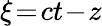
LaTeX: \xi\! =\! ct\! -\! z